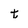
Character: t